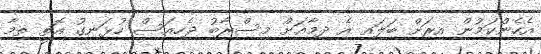
އެހެންކަމުން އިރަށް ބަލައި އެ ދިމާއަށް މިސްރާބު ޖެހިއަސް ހުޅަނގު އޮތީ ތިމާ